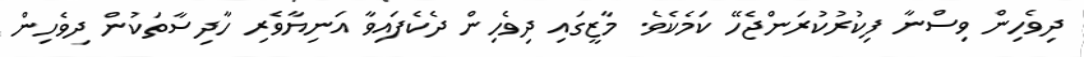
ދިވެހިން ވިސްނާ ފިކުރުކުރަންޖެހޭ ކަމެކެވެ. މާޒީގައި ދިވެހިން ދެކެފައިވާ އަނިޔާވެރި ހާދިސާތަކުން ދިވެހިން